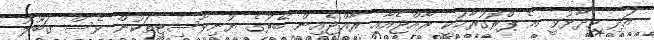
އަދި ވިދާޅުވީ އެ ޕްރޮގުރާމަކީ ރާއްޖެއާއި ރާއްޖެއިން ބޭރުގެ ޔުނިވާސިޓީތަކުން ވެސް ގަބޫލު